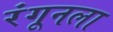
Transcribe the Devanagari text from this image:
रंगूनला